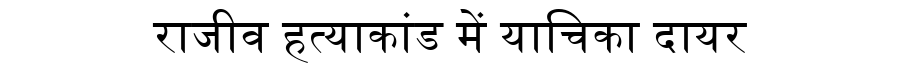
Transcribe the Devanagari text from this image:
राजीव हत्याकांड में याचिका दायर